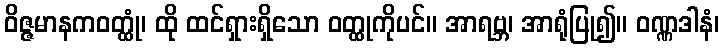
ဝိဇ္ဇမာနကဝတ္ထုံ၊ ထို ထင်ရှားရှိသော ဝတ္ထုကိုပင်။ အာရဗ္ဘ၊ အာရုံပြု၍။ ဝဏ္ဏဒါနံ၊